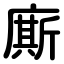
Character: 廝